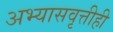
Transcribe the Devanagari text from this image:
अभ्यासवृत्तीही